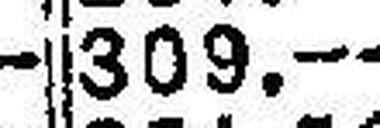
309.—